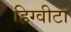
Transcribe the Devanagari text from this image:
हिग्वीटा